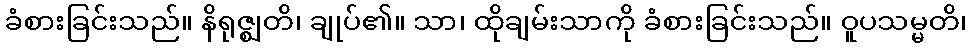
ခံစားခြင်းသည်။ နိရုဇ္ဈတိ၊ ချုပ်၏။ သာ၊ ထိုချမ်းသာကို ခံစားခြင်းသည်။ ဝူပသမ္မတိ၊